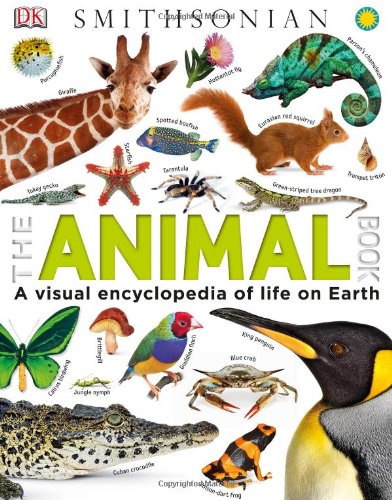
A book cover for The Animal Book; DK Publishing; Children's Books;